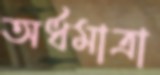
অর্ধমাত্রা